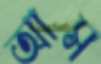
আস